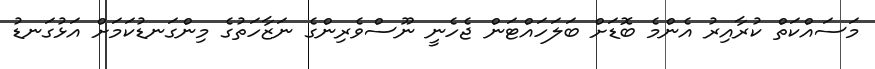
މަސައްކަތް ކުރާއިރު އެންމެ ބޮޑަށް ބަލަހައްޓަން ޖެހެނީ ނޫސްވެރިންގެ ނަޒާހަތުގެ މިންގަނޑުކަމަށް އަޅުގަނޑު